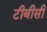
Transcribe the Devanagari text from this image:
टीबीसी